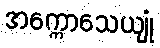
အက္ကောသေယျုံ